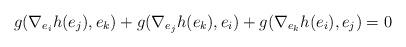
LaTeX: \begin{align*}g(\nabla_{e_i}h(e_j),e_k)+g(\nabla_{e_j}h(e_k),e_i)+g(\nabla_{e_k}h(e_i),e_j)=0 \end{align*}